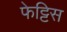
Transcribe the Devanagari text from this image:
फेट्टिस